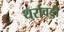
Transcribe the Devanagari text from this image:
थर्रावड्डी